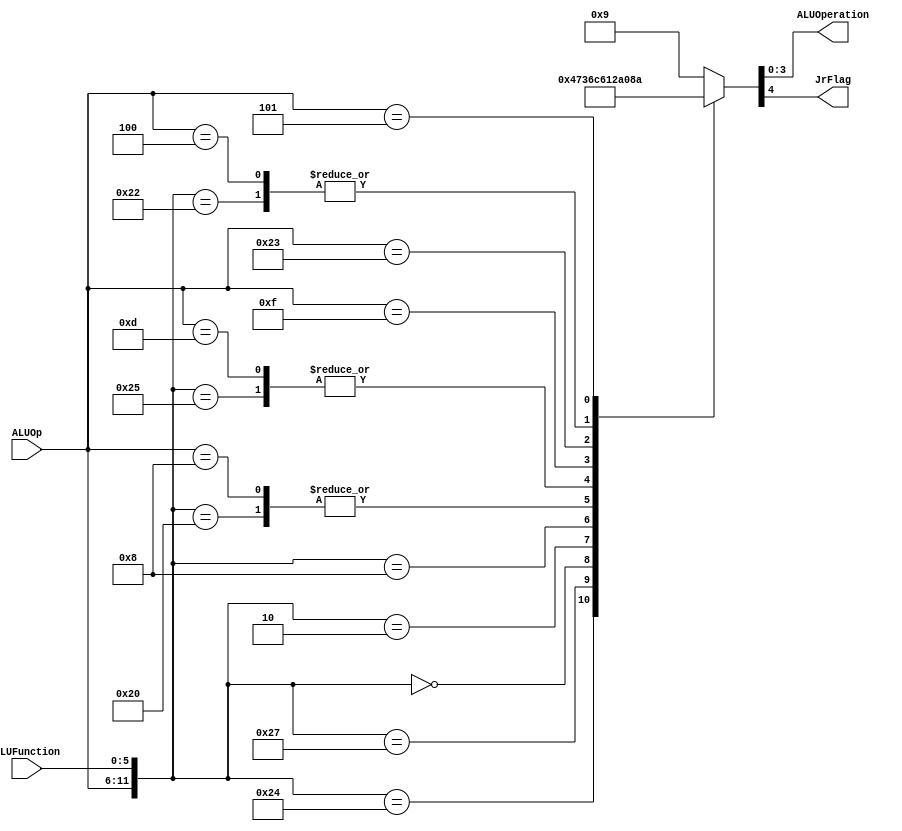
/******************************************************************
* Description
*	This is the control unit for the ALU. It receves an signal called 
*	ALUOp from the control unit and a signal called ALUFunction from
*	the intrctuion field named function.
* Version:
*	1.0
* Author:
*	Dr. Jos Luis Pizano Escalante
* email:
*	luispizano@iteso.mx
* Date:
*	01/03/2014
******************************************************************/
module ALUControl
(
	input [5:0] ALUOp, // <<
	input [5:0] ALUFunction,
	output [3:0] ALUOperation,
	output JrFlag
);
									
								     //ALU Op - ALU Function
localparam R_Type_SLL    = 12'b00_0000_00_0000; // 00/00 // <<
localparam R_Type_SRL	 = 12'b00_0000_00_0010; // 00/02 // <<
localparam R_Type_ADD    = 12'b00_0000_10_0000; // 00/20
localparam R_Type_SUB    = 12'b00_0000_10_0010; // 00/22 // <<
localparam R_Type_AND    = 12'b00_0000_10_0100; // 00/24
localparam R_Type_OR     = 12'b00_0000_10_0101; // 00/25
localparam R_Type_NOR    = 12'b00_0000_10_0111; // 00/27
localparam R_Type_JR 	 = 12'b00_0000_00_1000; // 00/08	// <<
localparam I_Type_ADDI   = 12'b00_1000_xx_xxxx; // 08/00
localparam I_Type_ORI    = 12'b00_1101_xx_xxxx; // 0D/00
localparam I_Type_LUI    = 12'b00_1111_xx_xxxx; // 0F/00 // <<
localparam I_Type_LW     = 12'b10_0011_xx_xxxx; // 23/00 // <<
localparam I_Type_SW     = 12'b10_1011_xx_xxxx; // 2B/00 // <<
localparam I_Type_BEQ    = 12'b00_0100_xx_xxxx; // 04/00 // <<
localparam I_Type_BNE    = 12'b00_0101_xx_xxxx; // 05/00 // <<


reg [4:0] ALUControlValues;
wire [11:0] Selector;

assign Selector = {ALUOp, ALUFunction};

always@(Selector)begin
	casex(Selector)

		R_Type_AND:    ALUControlValues = 5'b0_0000;
		R_Type_OR: 		ALUControlValues = 5'b0_0001;// #
		R_Type_NOR:    ALUControlValues = 5'b0_0010;
		R_Type_ADD:    ALUControlValues = 5'b0_0011;// *
		R_Type_SUB:    ALUControlValues = 5'b0_0100;// =
		R_Type_SLL:    ALUControlValues = 5'b0_0111;// <<
		R_Type_SRL:    ALUControlValues = 5'b0_0110;// <<
		
		R_Type_JR: 		ALUControlValues = 5'b1_1011;// <<
    
		I_Type_ADDI:   ALUControlValues = 5'b0_0011;// *
		I_Type_ORI:    ALUControlValues = 5'b0_0001;// #
		I_Type_LUI:    ALUControlValues = 5'b0_0101;// <<
		I_Type_LW:     ALUControlValues = 5'b0_1000;// <<
		I_Type_SW:     ALUControlValues = 5'b0_1001;// <<
		I_Type_BEQ:    ALUControlValues = 5'b0_0100;// =
		I_Type_BNE:    ALUControlValues = 5'b0_1010;// <<
		default: ALUControlValues = 5'b0_1001;

	endcase
end

assign JrFlag = ALUControlValues[4];
assign ALUOperation = ALUControlValues[3:0];

endmodule